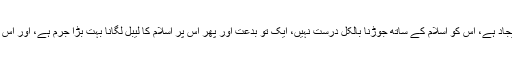
لیکن یہ بدعت کچھ صدیاں پہلے کی ایجاد ہے، اس کو اسلام کے ساتھ جوڑنا بالکل درست نہیں، ایک تو بدعت اور پھر اس پر اسلام کا لیبل لگانا بہت بڑا جرم ہے، اور اس جرم کی سزا جہنم ہے، لہذا بچ جائیے۔